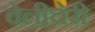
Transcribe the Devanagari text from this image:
वेलीचेरी